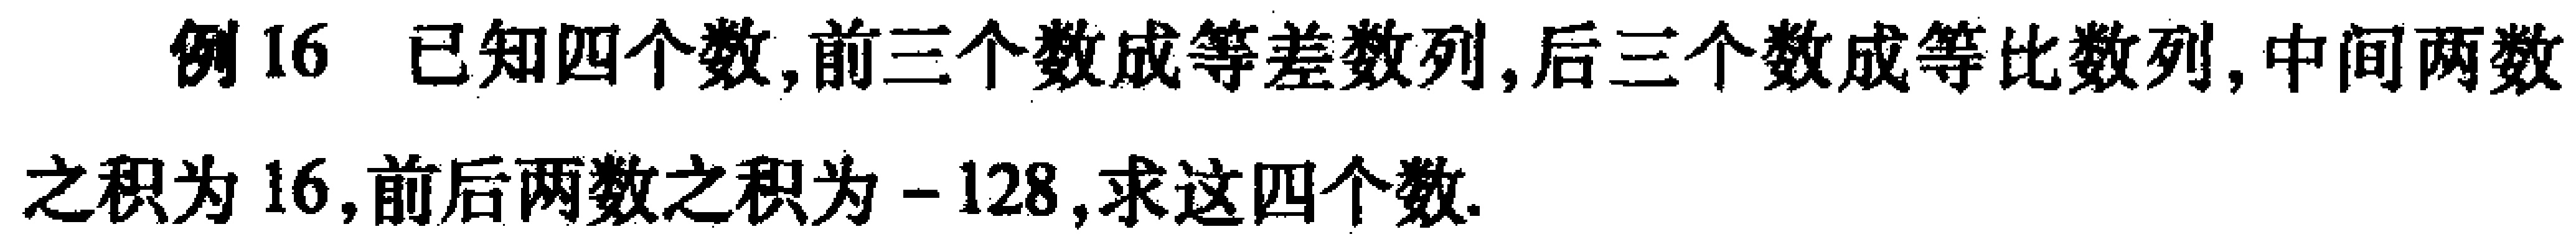
例16 已知四个数,前三个数成等差数列,后三个数成等比数列,中间两数之积为$16$,前后两数之积为$-128$,求这四个数.